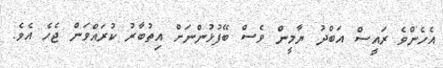
އެހެންވެ ރައީސް އަބްދު ޔާމީން ވެސް ބޭފުޅުންނަށް އިތުބާރު ކުރައްވަން ޖެހެ އެވެ.